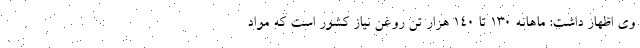
وی اظهار داشت: ماهانه ۱۳۰ تا ۱۴۰ هزار تن روغن نیاز کشور است که مواد